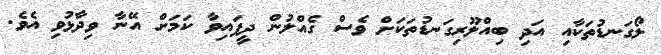
ލޯގަނޑުތަކާއި އަދި ބިއްލޫރިގަނޑުތަކަށް ވެސް ގެއްލުން ދީފައިވާ ކަމަށް އޭނާ ވިދާޅުވި އެވެ.